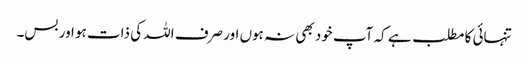
تنہائی کا مطلب ہے کہ آپ خود بھی نہ ہوں اور صرف اللہ کی ذات ہو اور بس۔